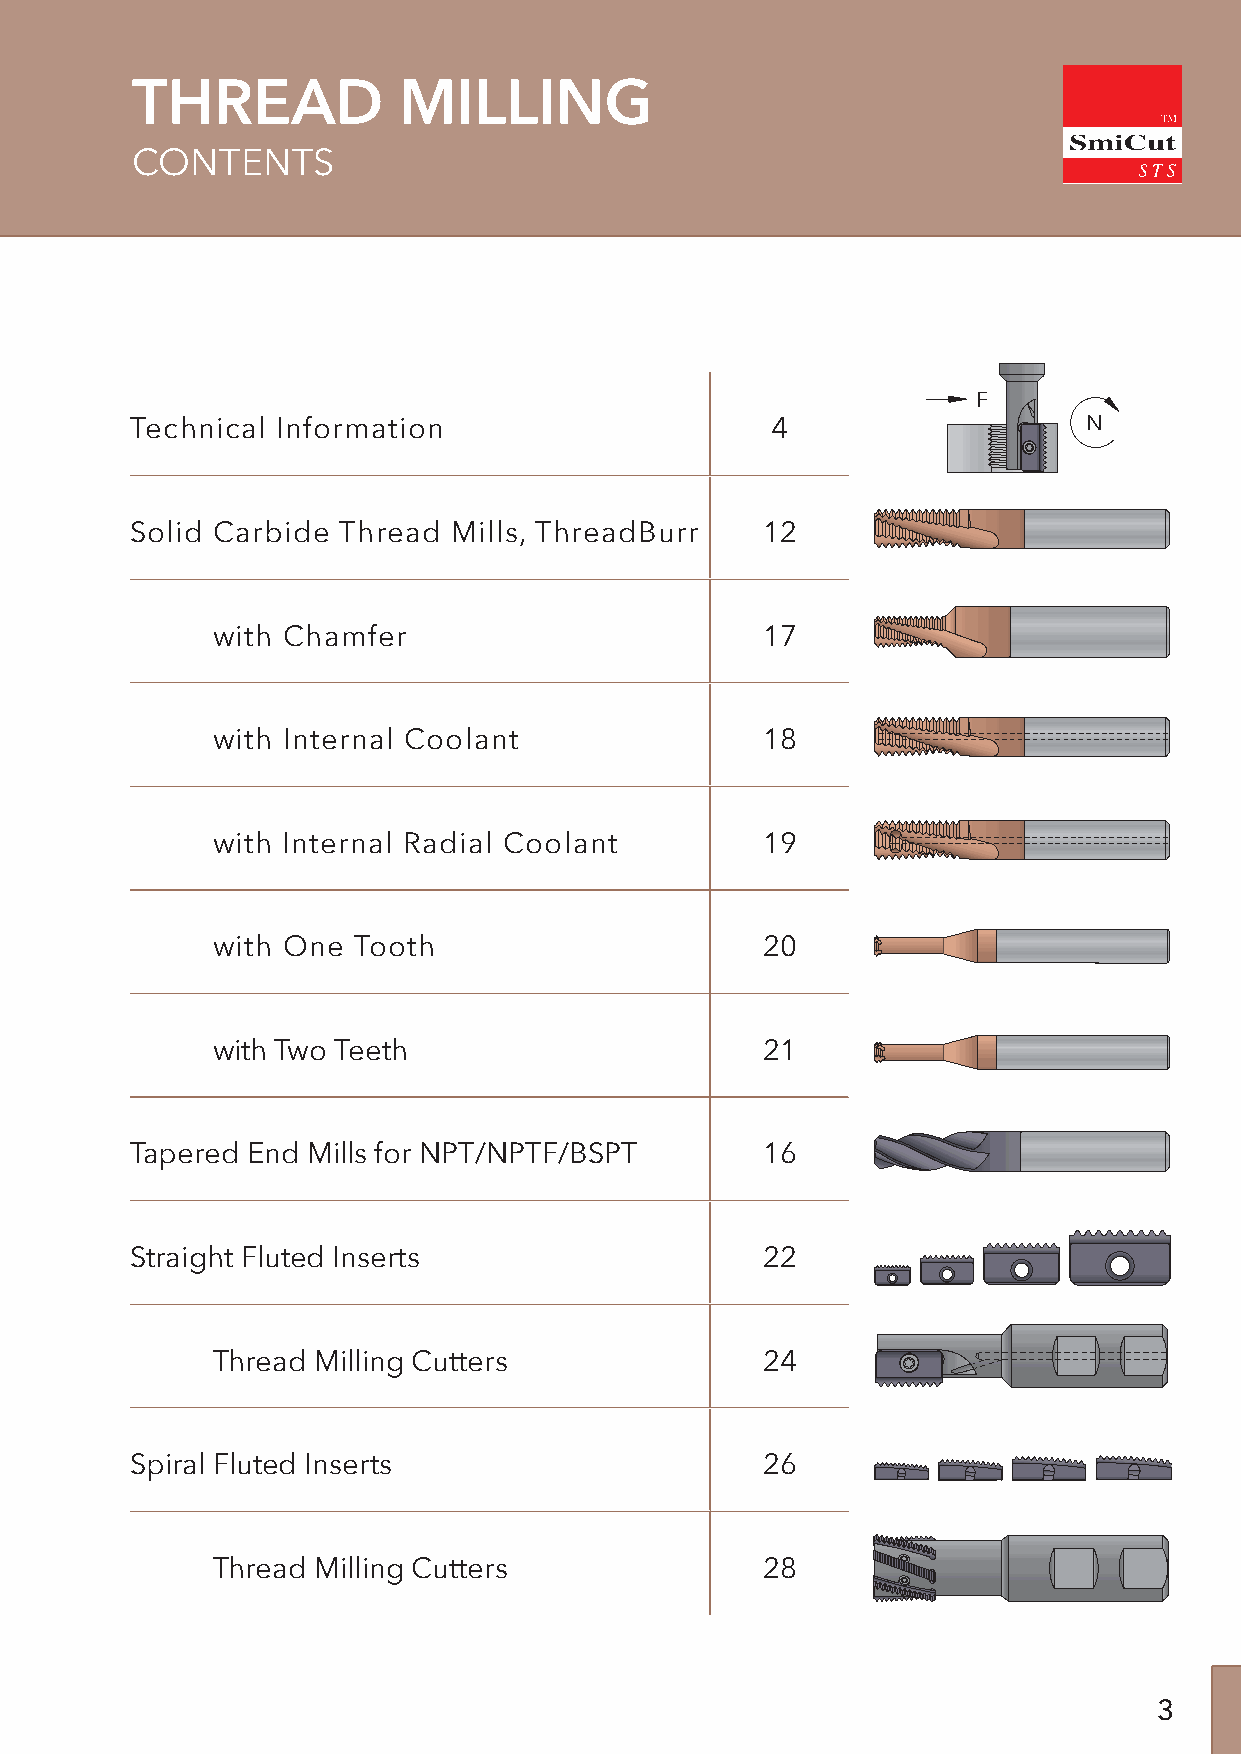
THREAD           MILLING
 TM
 SmiCut
 CONTENTS
 F
 Technical Information                     4                    N
 Solid Carbide Thread Mills, ThreadBurr   12
 with Chamfer                        17
 with Internal Coolant               18
 with Internal Radial Coolant        19
 with One Tooth                      20
 with Two Teeth                      21
 Tapered End Mills for NPT/NPTF/BSPT      16
 Straight Fluted Inserts                  22
 Thread Milling Cutters              24
 Spiral Fluted Inserts                    26
 Thread Milling Cutters              28
 3